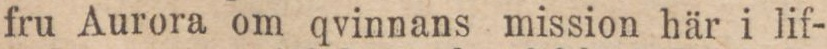
fru Aurora om qvinnans mission här i lif-